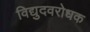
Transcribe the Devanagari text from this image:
विद्युदवरोधक